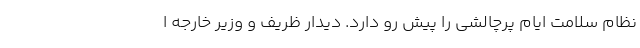
نظام سلامت ایام پرچالشی را پیش رو دارد. دیدار ظریف و وزیر خارجه ا